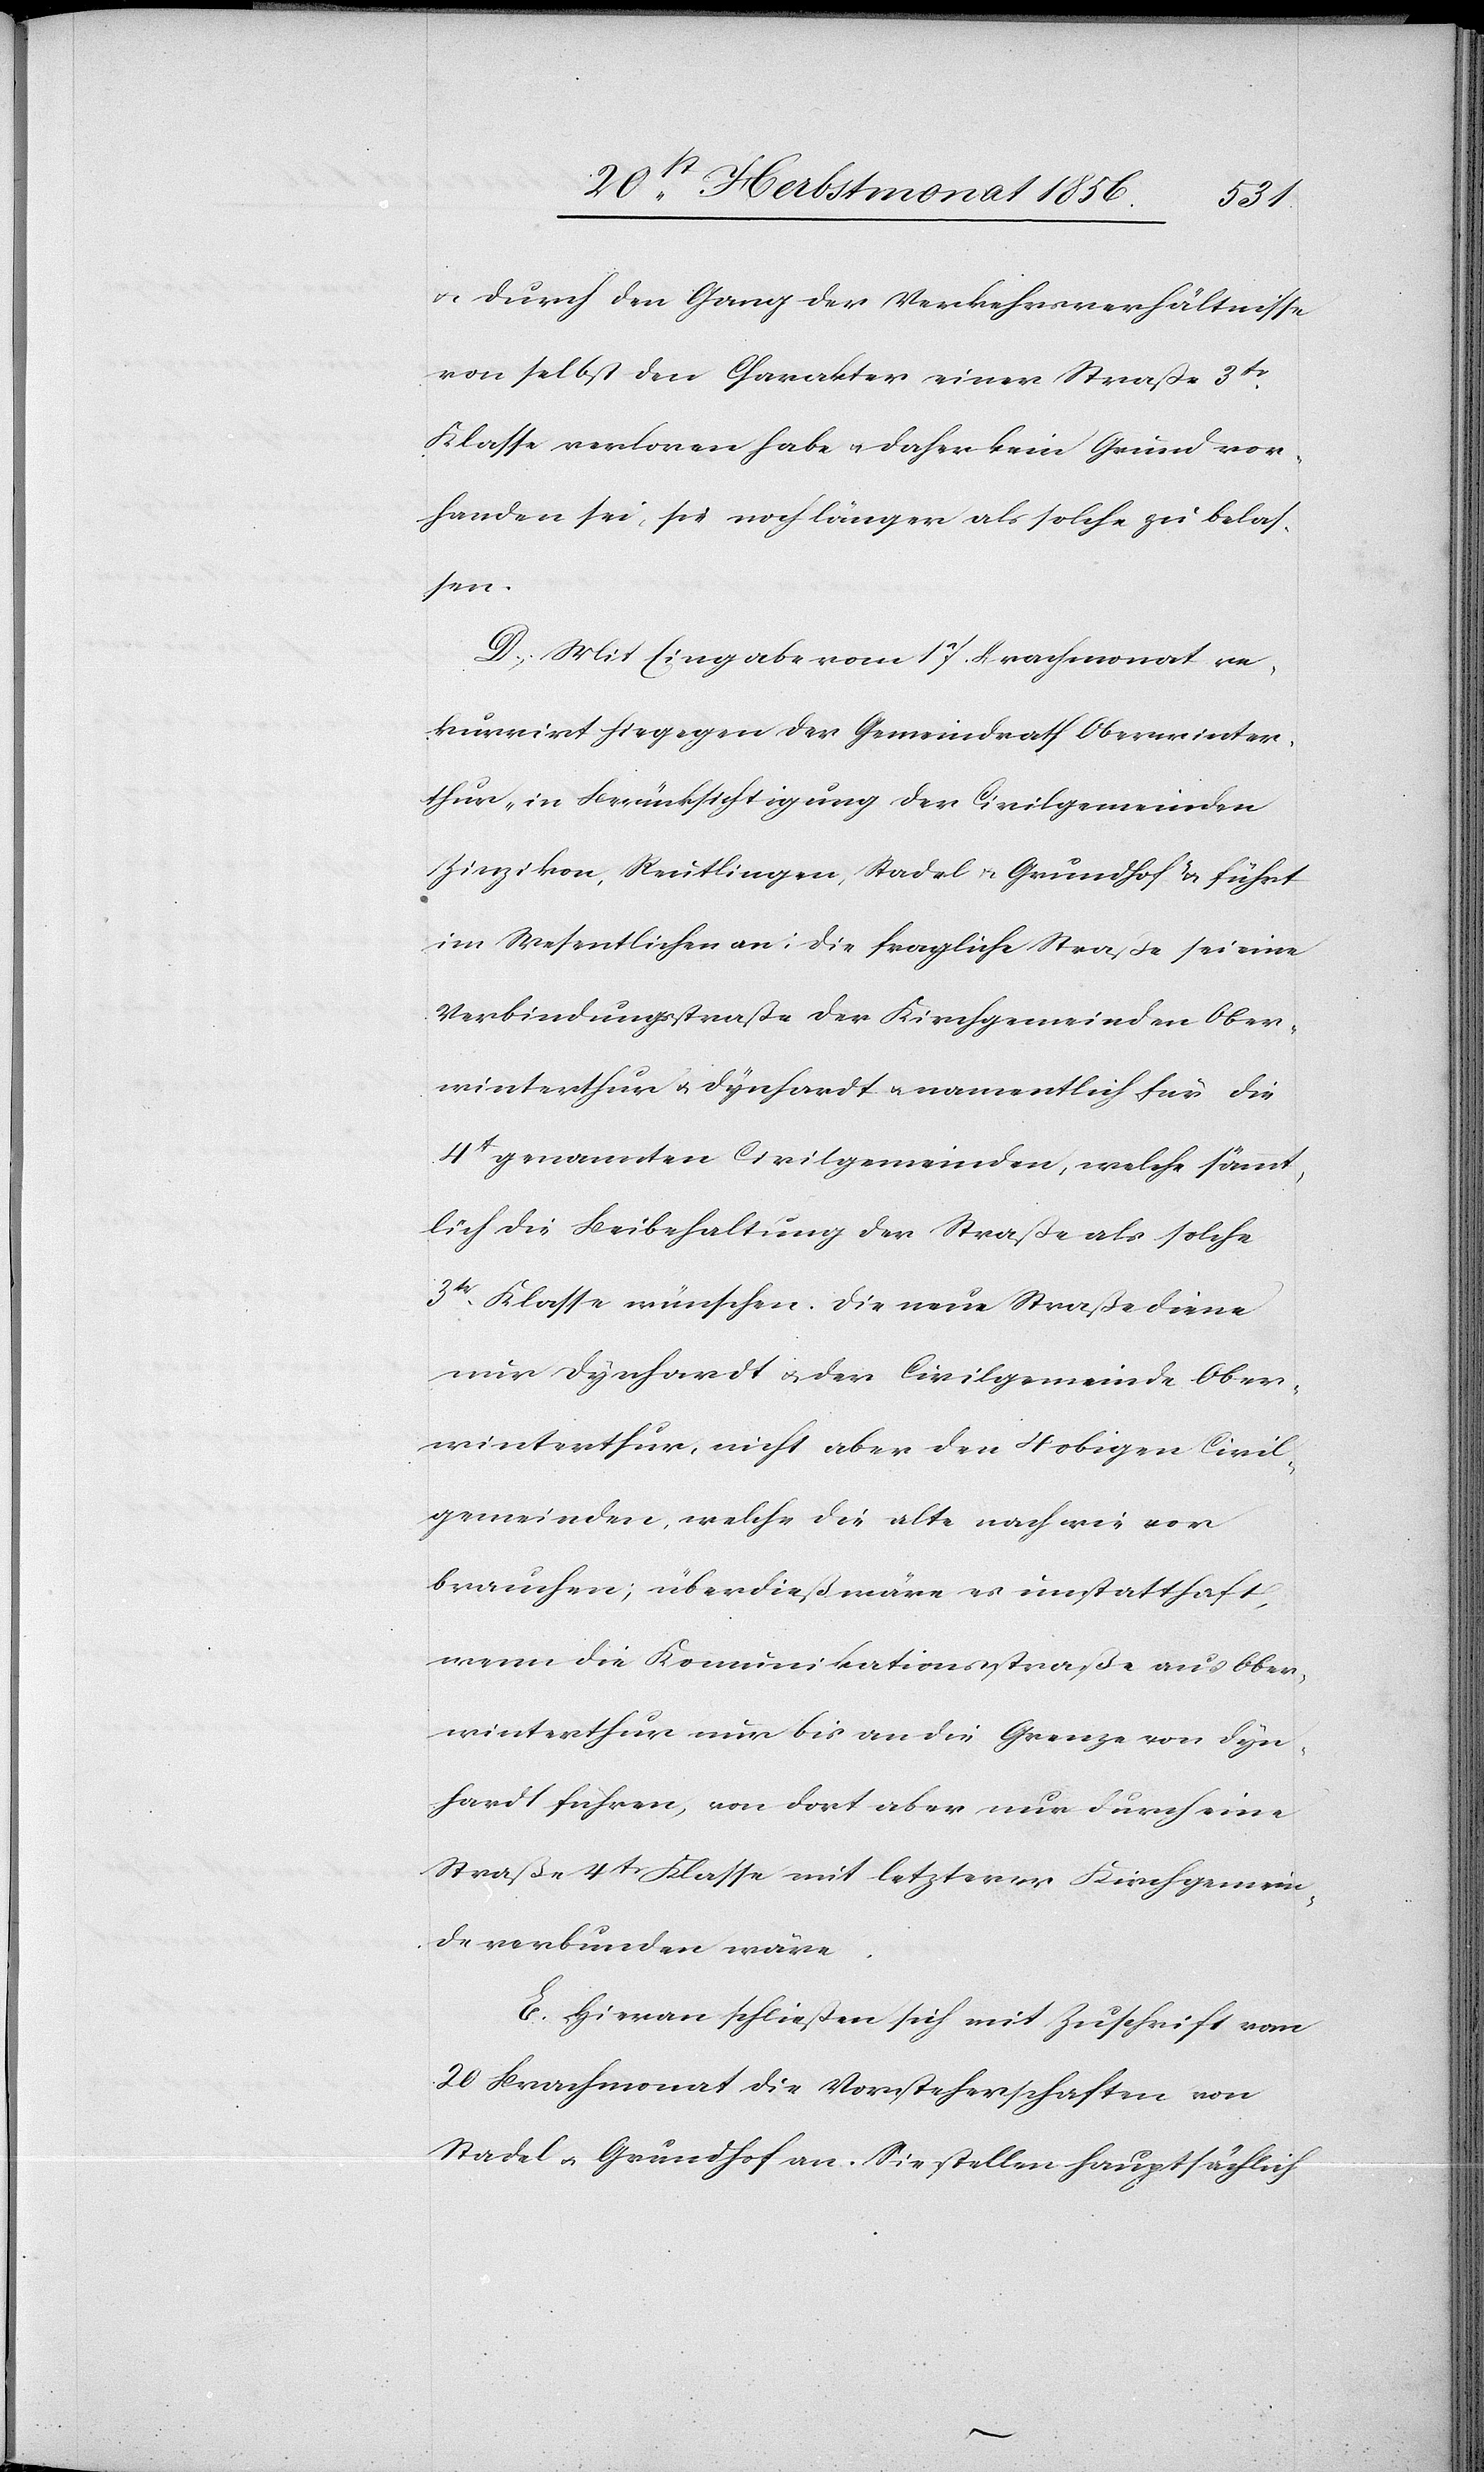
u. durch den Gang der Verkehrsverhältnisse
von selbst den Charakter einer Straße 3tr
Klasse verloren habe u. daher kein Grund vor¬
handen sei, sie noch länger als solche zu belas¬
sen.
D. Mit Eingabe vom 17. Brachmonat re¬
kurrirt hiegegen der Gemeindrath Oberwinter¬
thur „in Berücksichtigung der Civilgemeinden
Zinzikon, Reutlingen, Stadel & Grundhof” u. führt
im Wesentlichen an: Die fragliche Straße sei eine
Verbindungsstraße der Kirchgemeinden Ober¬
winterthur u. Dynhardt u. namentlich für die
4 gennannten Civilgemeinden, welche sämmt¬
lich die Beibehaltung der Straße als solche
3tr Klasse wünschen. Die neue Straße diene
nur Dynhardt u. der Civilgemeinde Ober¬
winterthur, nicht aber den 4 obigen Civil¬
gemeinden, welche die alte nach wie vor
brauchen; überdieß wäre es unstatthaft,
wenn die Komunikationsstraße [sic!] aus Ober¬
winterthur nur bis an die Grenze von Dyn¬
hardt führen, von dort aber nur durch eine
Straße 4tr Klasse mit letzterer Kirchgemein¬
de verbunden wäre.
E. Hieran schließen sich mit Zuschrift vom
20 Brachmonat die Vorsteherschaften von
Stadel u. Grundhof an. Sie stellen hauptsächlich